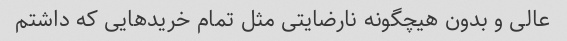
عالی و بدون هیچگونه نارضایتی مثل تمام خریدهایی که داشتم